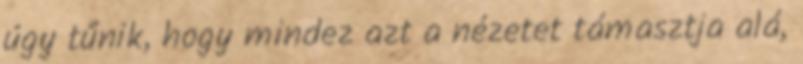
úgy tűnik, hogy mindez azt a nézetet támasztja alá,